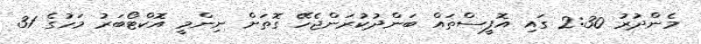
މެންދުރު 2:30 ގައި އޮފީސްތައް ބަންދުކުރަންޖެހޭ ގޮތަށް ނިންމީ އޮކްޓޯބަރު މަހުގެ 31